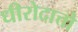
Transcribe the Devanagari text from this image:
धीरोदात्तो